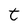
Character: t